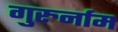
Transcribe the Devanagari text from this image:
गुरुर्नाम